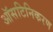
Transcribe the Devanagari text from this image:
ऑसटिनिकरण